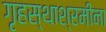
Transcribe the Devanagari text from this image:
गृहस्थाश्रमींना